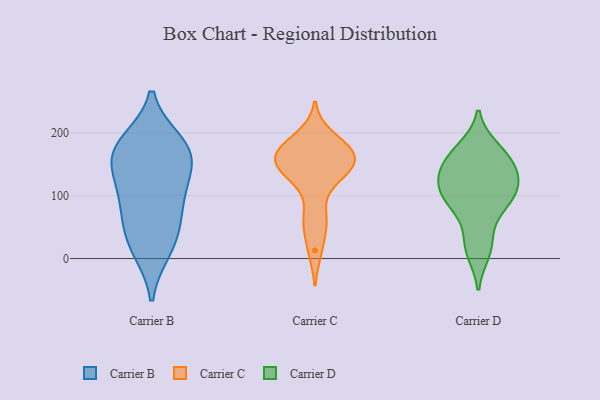
{"axis": {"x": "Net Income (USD K)", "y": "Value"}, "legend": ["Carrier B", "Carrier C", "Carrier D"], "data": [{"x": "", "y": 150, "type": "Carrier B"}, {"x": "", "y": 184, "type": "Carrier B"}, {"x": "", "y": 178, "type": "Carrier B"}, {"x": "", "y": 110, "type": "Carrier B"}, {"x": "", "y": 24, "type": "Carrier B"}, {"x": "", "y": 56, "type": "Carrier B"}, {"x": "", "y": 111, "type": "Carrier B"}, {"x": "", "y": 74, "type": "Carrier B"}, {"x": "", "y": 164, "type": "Carrier B"}, {"x": "", "y": 15, "type": "Carrier B"}, {"x": "", "y": 169, "type": "Carrier B"}, {"x": "", "y": 154, "type": "Carrier C"}, {"x": "", "y": 164, "type": "Carrier C"}, {"x": "", "y": 194, "type": "Carrier C"}, {"x": "", "y": 172, "type": "Carrier C"}, {"x": "", "y": 155, "type": "Carrier C"}, {"x": "", "y": 167, "type": "Carrier C"}, {"x": "", "y": 57, "type": "Carrier C"}, {"x": "", "y": 176, "type": "Carrier C"}, {"x": "", "y": 140, "type": "Carrier C"}, {"x": "", "y": 13, "type": "Carrier C"}, {"x": "", "y": 135, "type": "Carrier C"}, {"x": "", "y": 65, "type": "Carrier C"}, {"x": "", "y": 124, "type": "Carrier C"}, {"x": "", "y": 28, "type": "Carrier D"}, {"x": "", "y": 93, "type": "Carrier D"}, {"x": "", "y": 176, "type": "Carrier D"}, {"x": "", "y": 106, "type": "Carrier D"}, {"x": "", "y": 126, "type": "Carrier D"}, {"x": "", "y": 98, "type": "Carrier D"}, {"x": "", "y": 147, "type": "Carrier D"}, {"x": "", "y": 10, "type": "Carrier D"}, {"x": "", "y": 77, "type": "Carrier D"}, {"x": "", "y": 126, "type": "Carrier D"}, {"x": "", "y": 168, "type": "Carrier D"}, {"x": "", "y": 147, "type": "Carrier D"}]}